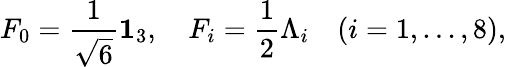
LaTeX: F_{0}=\frac{1}{\sqrt{6}}{\mathbf 1_{3}},\quad F_{i}=\frac{1}{2}\Lambda_{i}\quad(i=1,...,8),